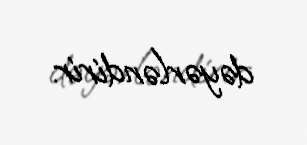
dəyərləndirir.